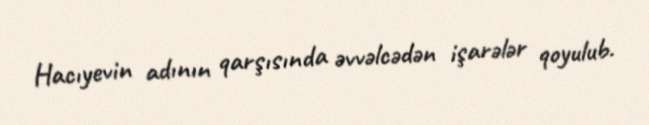
Hacıyevin adının qarşısında əvvəlcədən işarələr qoyulub.